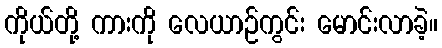
ကိုယ်တို့ ကားကို လေယာဉ်ကွင်း မောင်းလာခဲ့။